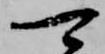
可